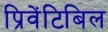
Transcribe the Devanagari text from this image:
प्रिवेंटिबिल